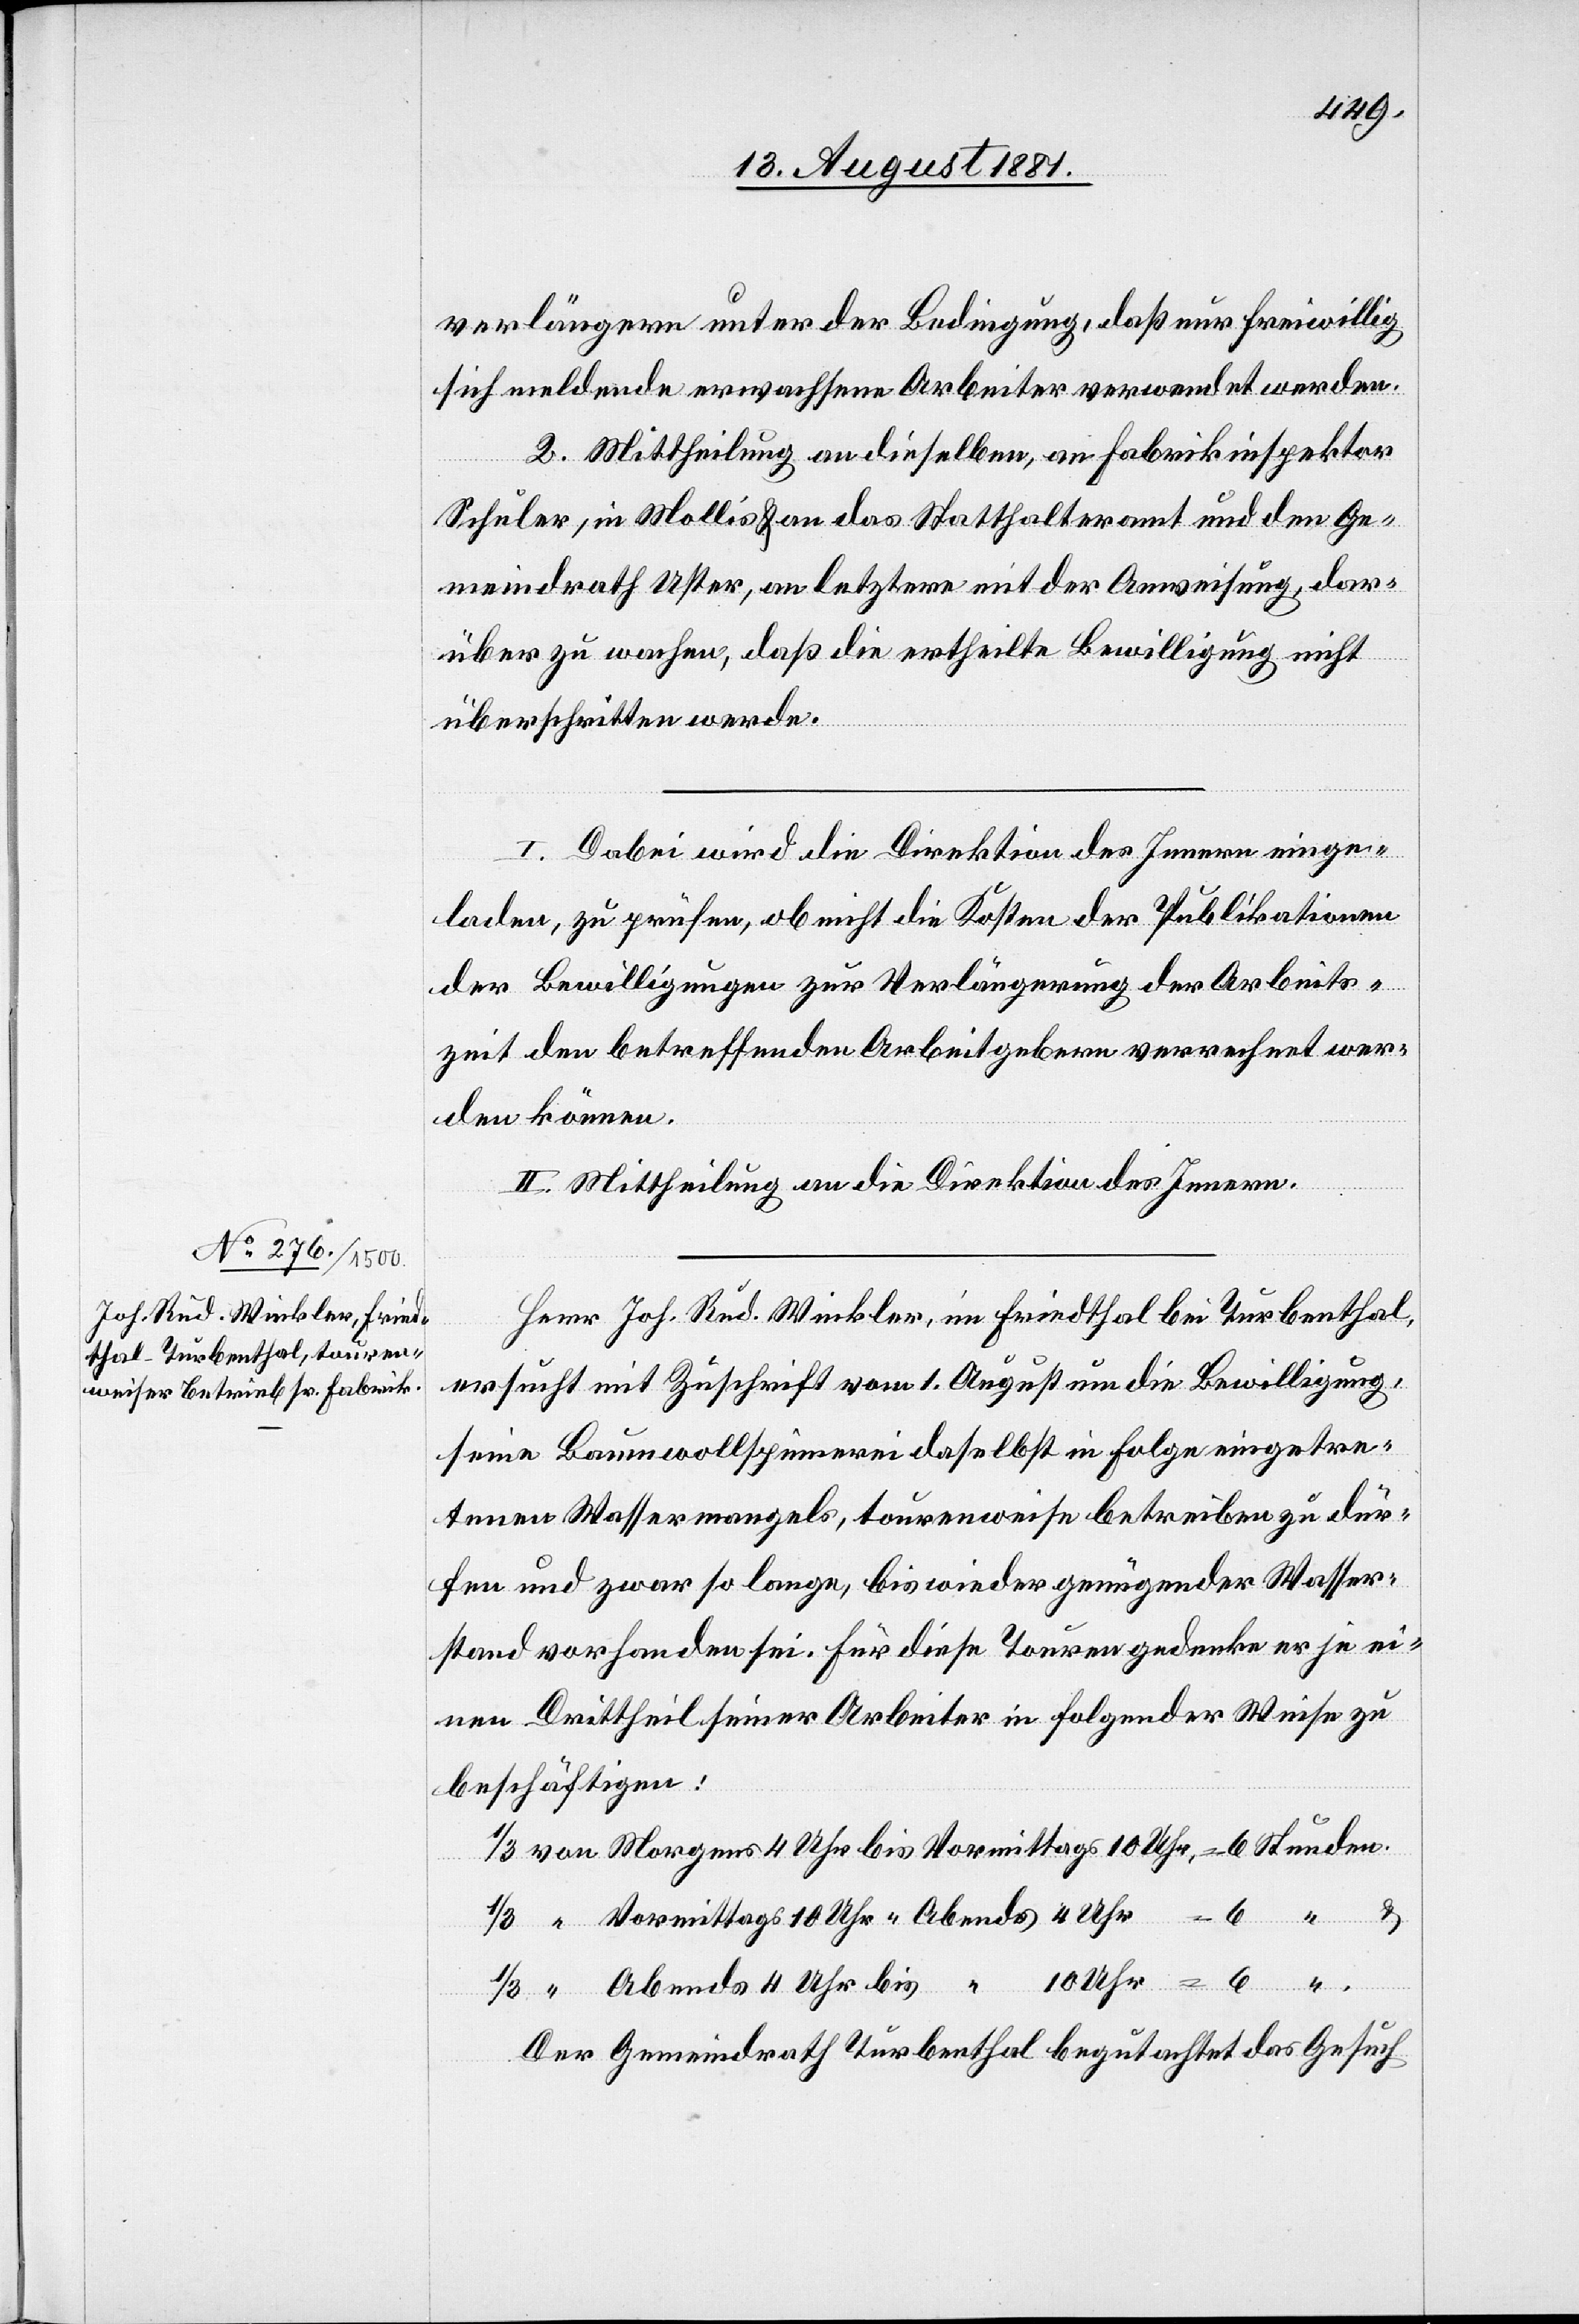
verlängern unter der Bedingung, daß nur freiwillig
sich meldende erwachsene Arbeiter verwendet werden.
2. Mittheilung an dieselben, an Fabrikinspektor
Schuler, in Mollis & an das Statthalteramt und den Ge¬
meindrath Uster, an letztern mit der Anweisung, dar¬
über zu wachen, daß die ertheilte Bewilligung nicht
überschritten werde.
I. Dabei wird die Direktion des Innern einge¬
laden, zu prüfen, ob nicht die Kosten der Publikationen
der Bewilligungen zur Verlängerung der Arbeits¬
zeit den betreffenden Arbeitgebern verrechnet wer¬
den können.
Uhr
II. Mittheilung an die Direktion des Innern.
Herr Joh. Rud. Winkler, in Friedthal bei Turbenthal,
ersucht mit Zuschrift vom 1. August um die Bewilligung,
seine Baumwollspinnerei daselbst in Folge eingetre¬
tenen Wassermangels, tourenweise betreiben zu dür¬
fen und zwar so lange, bis wieder genügender Wasser¬
stand vorhanden sei. Für diese Touren gedenke er je ei¬
nen Drittheil seiner Arbeiter in folgender Weise zu
beschäftigen:
Der Gemeindrath Turbenthal begutachtet das Gesuch